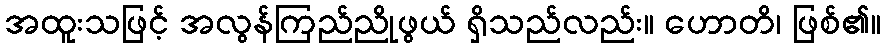
အထူးသဖြင့် အလွန်ကြည်ညိုဖွယ် ရှိသည်လည်း။ ဟောတိ၊ ဖြစ်၏။